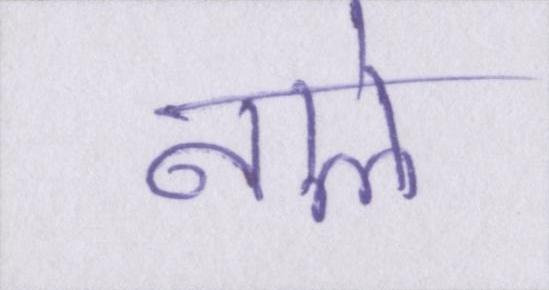
नाले